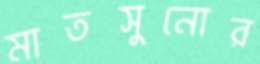
মাতসুনোর